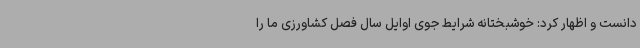
دانست و اظهار کرد: خوشبختانه شرایط جوی اوایل سال فصل کشاورزی ما را